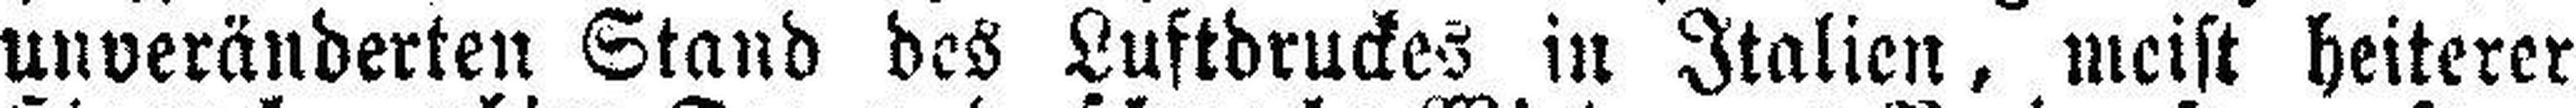
unveränderten Stand des Luftdruckes in Italien, meist heiterer